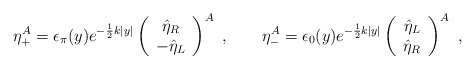
\begin{align*} \eta_+^A=\epsilon_\pi(y)e^{-\frac{1}{2}k|y|}\left(\begin{array}{c}\hat{\eta}_R\\-\hat{\eta}_L\end{array}\right)^A\ ,\qquad \eta_-^A=\epsilon_0(y)e^{-\frac{1}{2}k|y|}\left(\begin{array}{c}\hat{\eta}_L\\\hat{\eta}_R\end{array}\right)^A\ ,\end{align*}